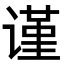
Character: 谨